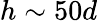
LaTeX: h\sim 50d